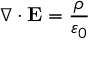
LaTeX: \nabla \cdot \mathbf { E } = { \frac { \rho } { \varepsilon _ { 0 } } }